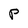
Character: P